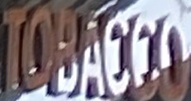
TOBACCO